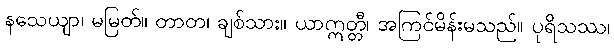
နသေယျာ၊ မမြတ်။ တာတ၊ ချစ်သား။ ယာဣတ္တီ၊ အကြင်မိန်းမသည်။ ပုရိသဿ၊